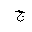
Letter: _gim